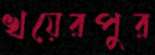
খয়েরপুর